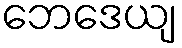
ဘေဒေယျ